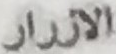
الازرار